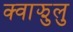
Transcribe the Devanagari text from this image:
क्वाझुलु